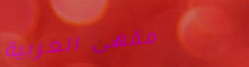
مقهى العربية